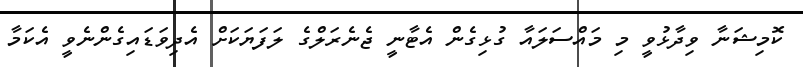
ކޮމިޝަނާ ވިދާޅުވީ މި މައްސަލައާ ގުޅިގެން އެޓާނީ ޖެނެރަލްގެ ލަފަޔަކަށް އެދިވަޑައިގެންނެވީ އެކަމާ